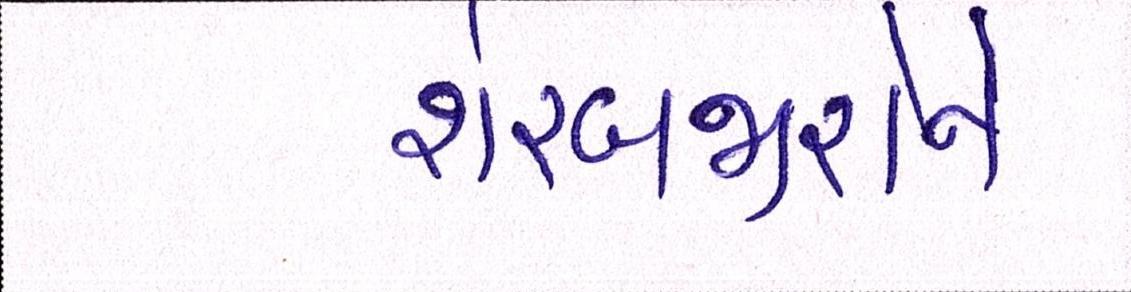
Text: શેરબજારોને